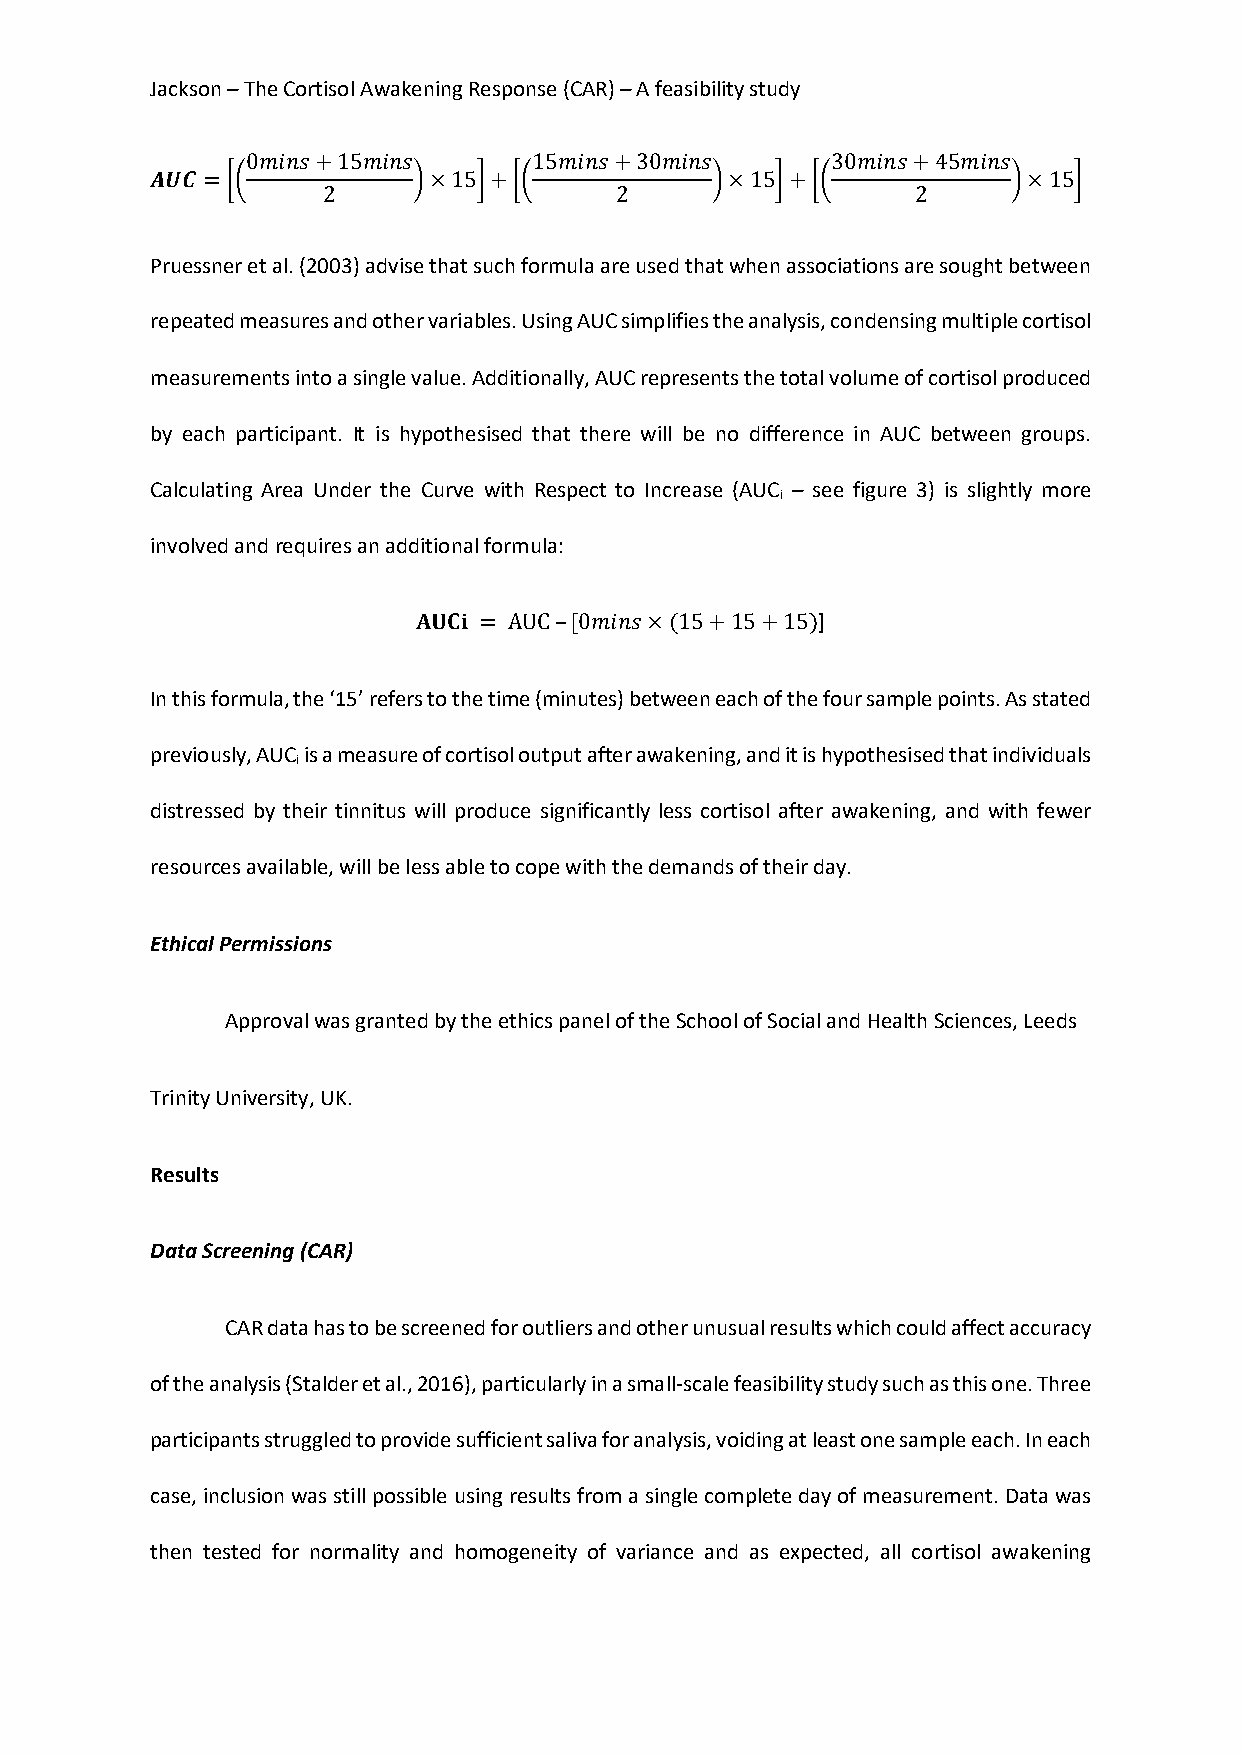
Jackson – The Cortisol Awakening Response (CAR) – A feasibility study
 0𝑚𝑖𝑛𝑠+15𝑚𝑖𝑛𝑠       15𝑚𝑖𝑛𝑠+30𝑚𝑖𝑛𝑠       30𝑚𝑖𝑛𝑠+45𝑚𝑖𝑛𝑠
 𝑨𝑼𝑪= [(          )×15]+[(            )×15]+[(            )×15]
 2                   2                   2
 Pruessner et al. (2003) advise that such formula are used that when associations are sought between
 repeated measures and other variables. Using AUC simplifies the analysis, condensing multiple cortisol
 measurements into a single value. Additionally, AUC represents the total volume of cortisol produced
 by each participant. It is hypothesised that there will be no difference in AUC between groups.
 Calculating Area Under the Curve with Respect to Increase (AUC – see figure 3) is slightly more
 i
 involved and requires an additional formula:
 𝐀𝐔𝐂𝐢 = AUC –[0𝑚𝑖𝑛𝑠×(15+15+15)]
 In this formula, the ‘15’ refers to the time (minutes) between each of the four sample points. As stated
 previously, AUC is a measure of cortisol output after awakening, and it is hypothesised that individuals
 i
 distressed by their tinnitus will produce significantly less cortisol after awakening, and with fewer
 resources available, will be less able to cope with the demands of their day.
 Ethical Permissions
 Approval was granted by the ethics panel of the School of Social and Health Sciences, Leeds
 Trinity University, UK.
 Results
 Data Screening (CAR)
 CAR data has to be screened for outliers and other unusual results which could affect accuracy
 of the analysis (Stalder et al., 2016), particularly in a small-scale feasibility study such as this one. Three
 participants struggled to provide sufficient saliva for analysis, voiding at least one sample each. In each
 case, inclusion was still possible using results from a single complete day of measurement. Data was
 then tested for normality and homogeneity of variance and as expected, all cortisol awakening